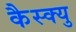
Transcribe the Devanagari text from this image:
कैस्क्यु